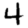
Digit: 4